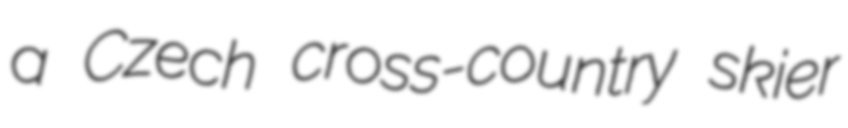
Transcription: a Czech cross-country skier